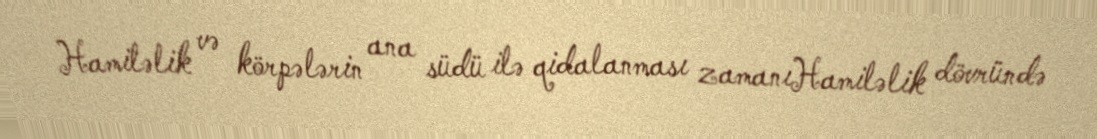
Hamiləlik və körpələrin ana südü ilə qidalanması zamanıHamiləlik dövründə